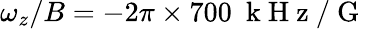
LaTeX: \omega_{z}/B=-2\pi\times 700~\mathrm{~k~H~z~}/\mathrm{~G~}